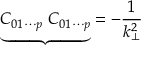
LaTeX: { \underbrace { C _ { 0 1 \cdots p } ~ C _ { 0 1 \cdots p } } } = - \frac { 1 } { k _ { \bot } ^ { 2 } }